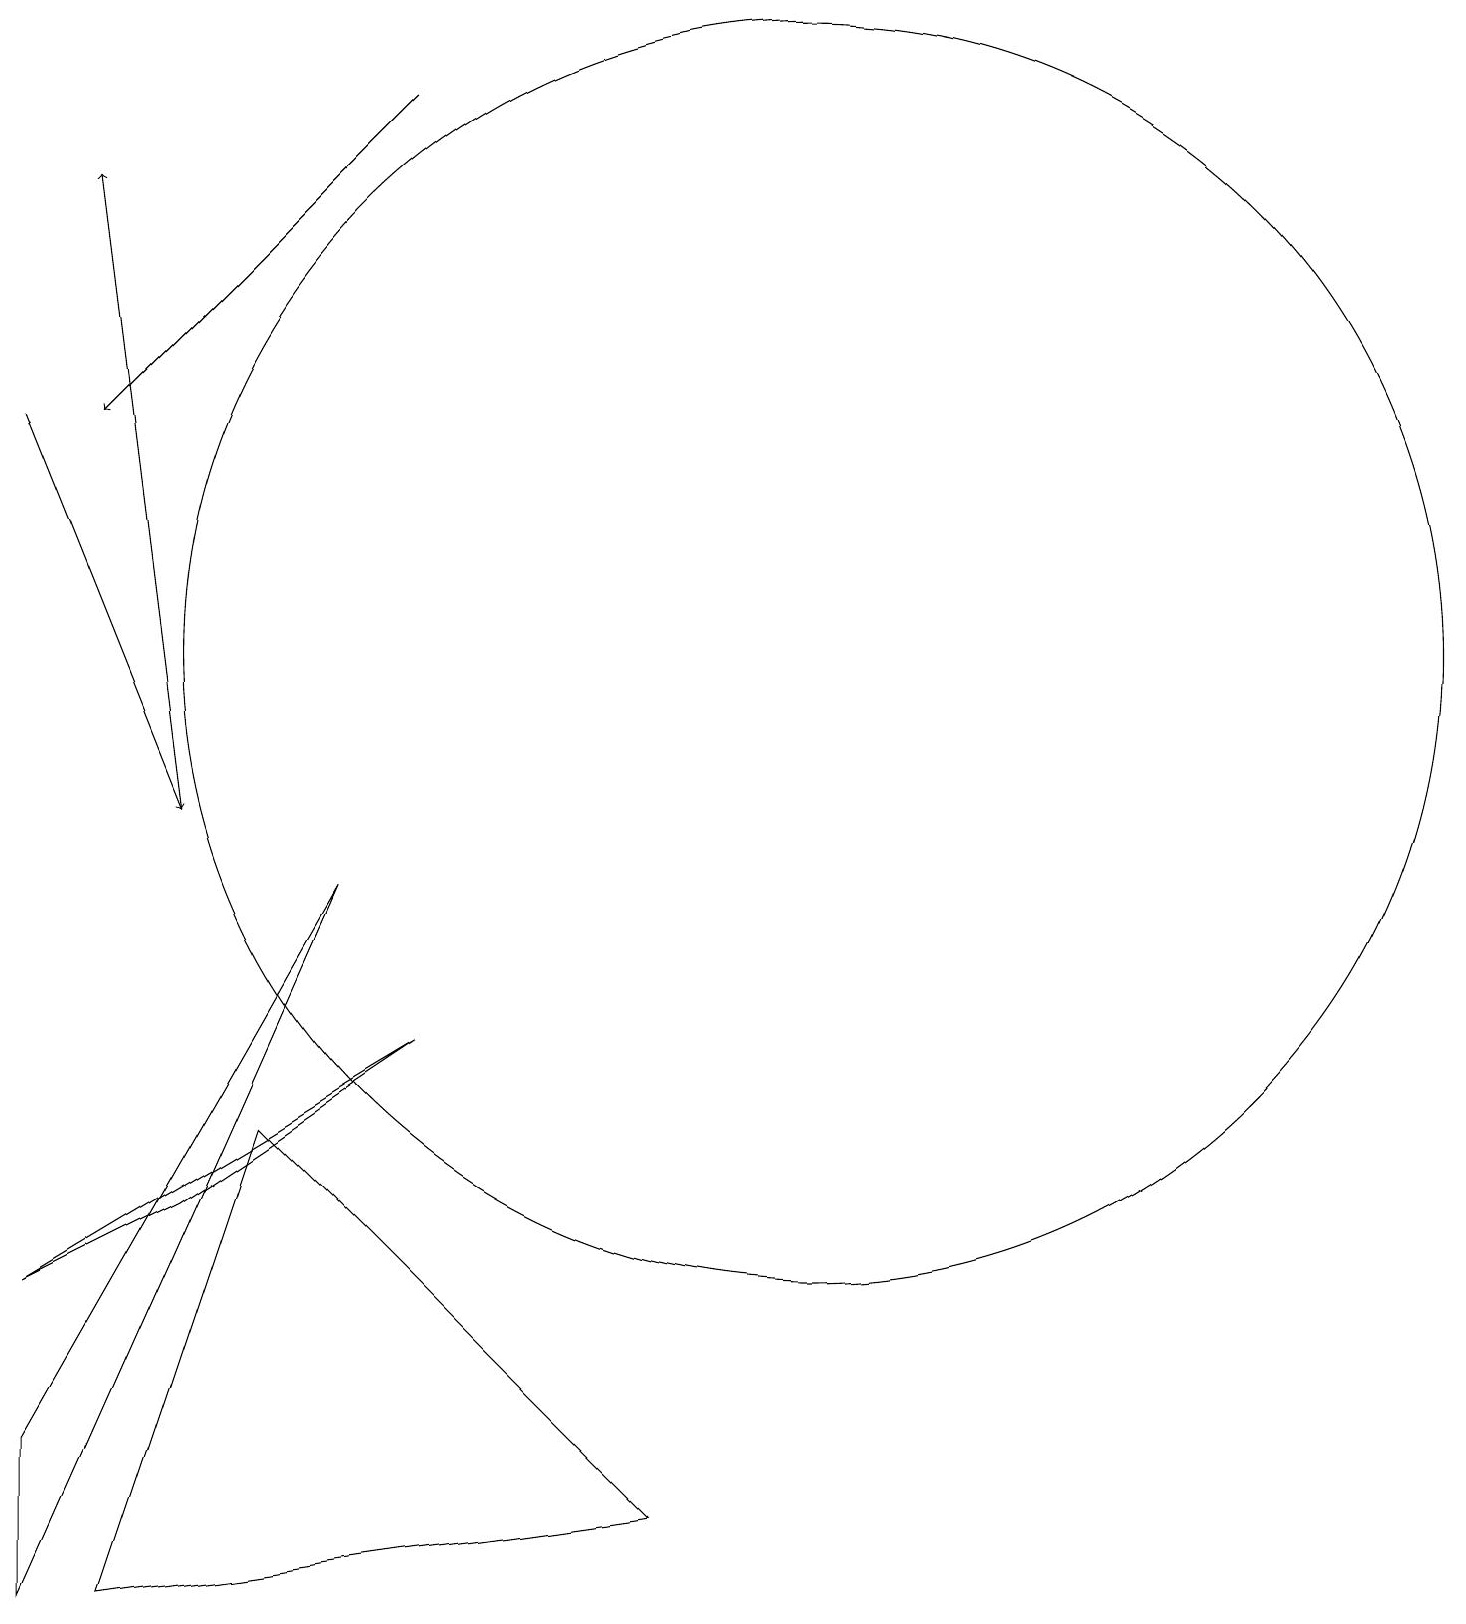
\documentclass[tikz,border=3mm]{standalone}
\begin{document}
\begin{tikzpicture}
\draw[->] (0,15) -- (2,10);
\draw (3,6) -- (1,0) -- (8,1) -- cycle;
\draw (10,12) circle (8);
\draw[->] (5,19) -- (1,15);
\draw (0,4) -- (2,5) -- (5,7) -- cycle;
\draw (0,0) -- (0,2) -- (4,9) -- cycle;
\draw[->] (2,10) -- (1,18);
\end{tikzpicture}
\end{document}